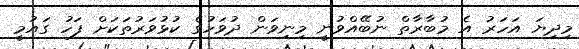
މިދިޔަ އަހަރު އެ މުބާރާތް ނުބޭއްވުނީ މިނިވަން ދުވަހުގެ ކުޅުވަރުތަކަށް ފަހު ގައުމީ